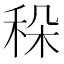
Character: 𥞛